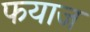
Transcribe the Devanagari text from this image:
फयाज